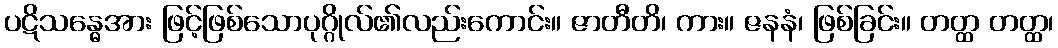
ပဋိသန္ဓေအား ဖြင့်ဖြစ်သောပုဂ္ဂိုလ်၏လည်းကောင်း။ ဇာတီတိ၊ ကား။ ဇနနံ၊ ဖြစ်ခြင်း။ တတ္ထ တတ္ထ၊